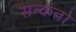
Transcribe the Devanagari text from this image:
सन्केतो